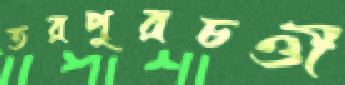
তরপুরচণ্ডী